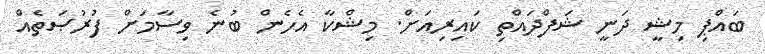
ބައްޕި މިޝީ ދަނީ ޝަފްދައްތި ކައިރިއަށް. މިޝްކާ އެހެން ބުނެ ވިސާމަށް ފުރުޞަތެއް